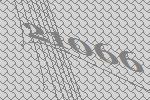
21066